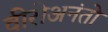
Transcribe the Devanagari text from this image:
वीरोअनंतो